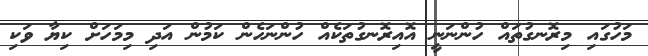
މަހުގައި މިރޮނގުތައް ހުންނަނީ އޮއިރޮނގުތަކެއް ހުންނަހެން ކަމުން އަދި މިމަހަށް ކިޔާ ވަކި